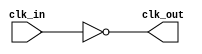
module InvertingClockBuffer (
    input wire clk_in,  // Input clock signal
    output wire clk_out  // Inverted output clock signal
);

// Inverting the input clock signal
assign clk_out = ~clk_in;

endmodule